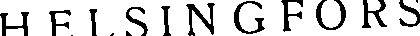
HELSINGFORS